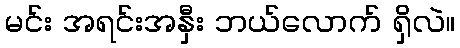
မင်း အရင်းအနှီး ဘယ်လောက် ရှိလဲ။